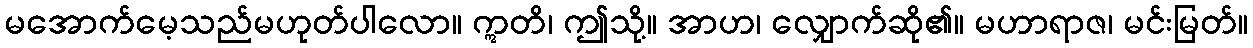
မအောက်မေ့သည်မဟုတ်ပါလော။ ဣတိ၊ ဤသို့။ အာဟ၊ လျှောက်ဆို၏။ မဟာရာဇ၊ မင်းမြတ်။